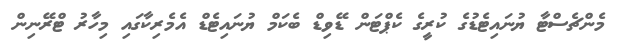
މެންޗެސްޓާ ޔުނައިޓެޑުގެ ކުރީގެ ކެޕްޓަން ޑޭވިޑް ބެކަމް ޔުނައިޓެޑް އެމެރިކާގައި މިހާރު ޓްރޭނިން